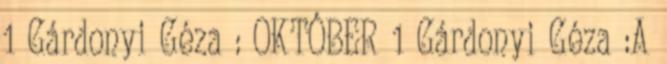
1 Gárdonyi Géza : OKTÓBER 1 Gárdonyi Géza :A